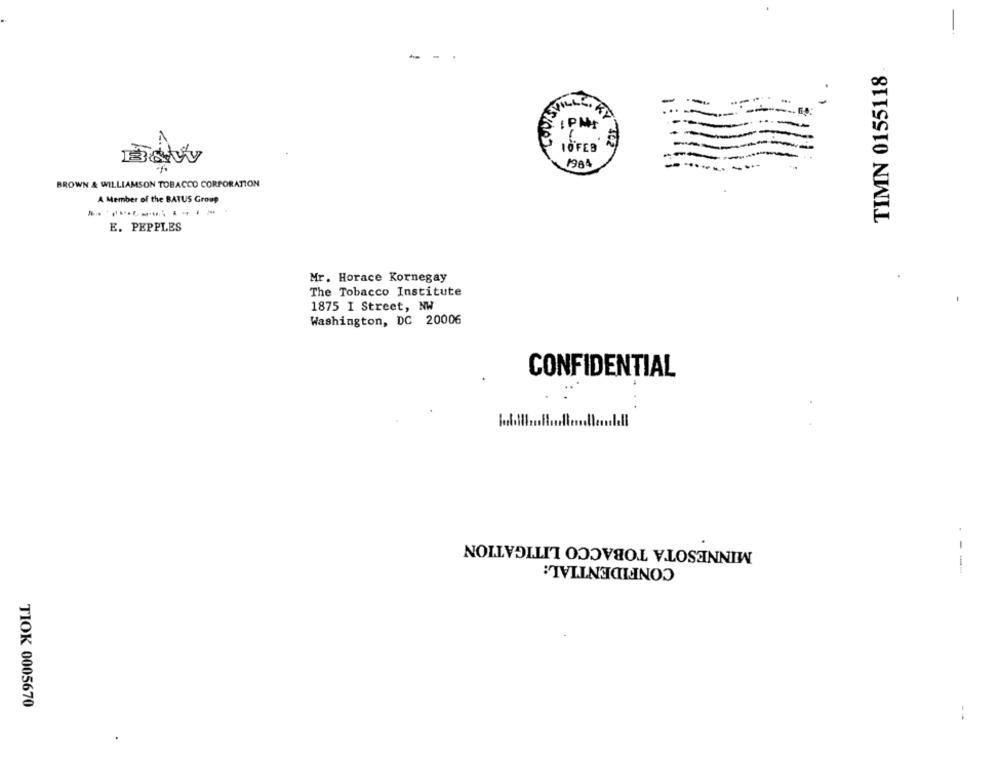
TIMN 0155118
-
...
VILLE. RA
IPM
10 FEB
1984
BROWN & WILLIAMSON TOBACCO CORPORATION
A Member of the BATUS Group
E. PEPPLES
Mr. Horace Kornegay
The Tobacco Institute
1875 I Street, NW
Washington, DC 20006
CONFIDENTIAL
MINNESOTA TOBACCO LITIGATION
1
CONFIDENTIAL:
1
TIOK 0005670
--